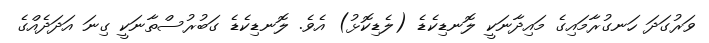
ވަރުގަދަ ހަނގުރާމައިގެ މައިދާނަކީ ލޮނޑިކެޑެ (ލެޑިކޮޅު) އެވެ. ލޮނޑިކެޑެ ގަބުރުސްތާނަކީ ގިނަ އަދަދެއްގެ